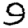
Digit: 9